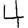
Digit: 4